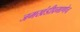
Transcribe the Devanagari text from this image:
जमखंडीप्रमाणेच